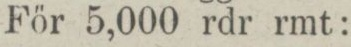
För 5,000 rdr rmt: